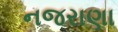
નજરાણા